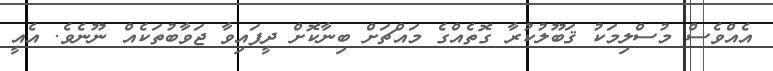
އެއްވެސް މުސްލިމަކު ޤަބޫލުކުރާ ގޮތެއްގެ މައްޗަށް ބިނާކޮށް ދީފައިވާ ޖަވާބުތަކެއް ނޫނެވެ. އެއީ